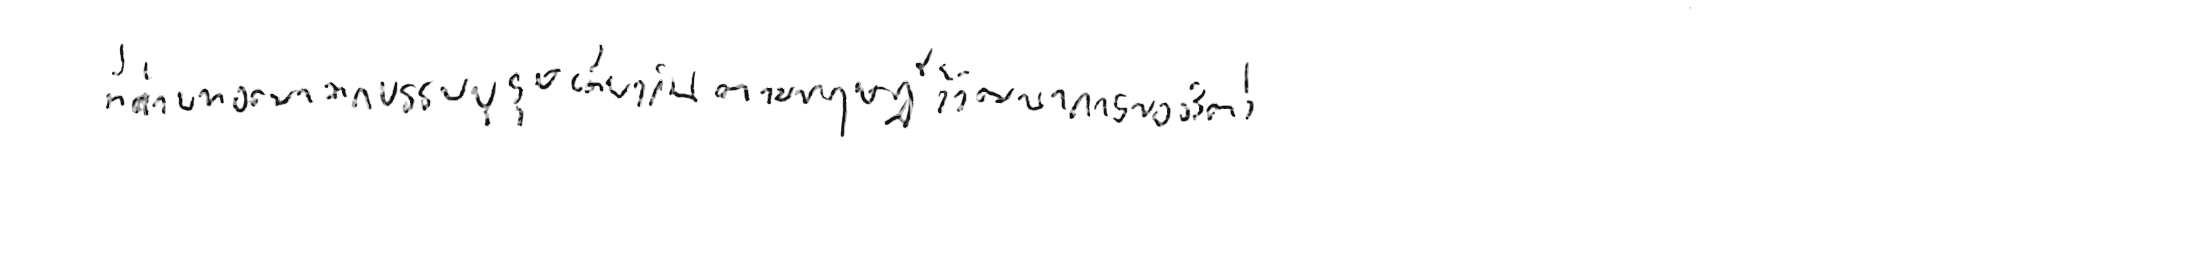
ที่ถ่ายทอดมาจากบรรพบุรุษเดียวกัน ตามทฤษฎีวิวัฒนาการของสัตว์